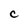
Character: C